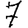
Digit: 7